Report on the working of the Ranchi Indian Mental Hospital, Kanke, in Bihar and Orissa - 1930-1940
Year: 1930
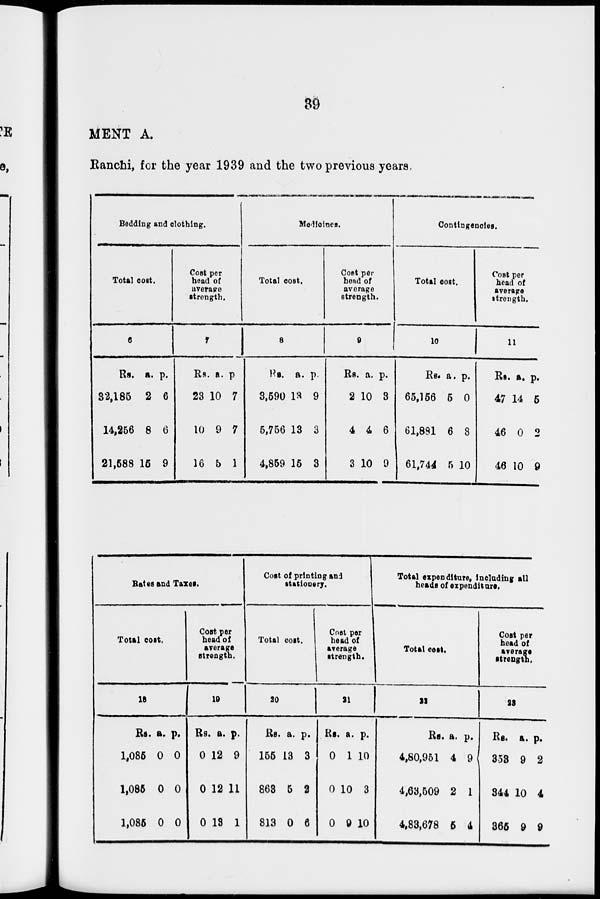
39
MENT A.
Ranchi, for the year 1939 and the two previous years,
Bedding and clothing.
Total cost.
6
Rs.
32,185
14,256
21,588
a.
2
8
15
p.
6
6
9
Cost per
head of
average
strength.
7
Rs.
23
10
16
a.
10
9
5
p.
7
7
1
Medicines.
Total cost.
8
Rs.
3,590
5,756
4,859
a.
13
13
15
p.
9
3
3
Cost per
head of
average
strength.
9
Rs.
2
4
3
a.
10
4
10
p.
3
6
9
Contingencies.
Total cost.
10
Rs.
65,156
61,881
61,744
a.
5
6
5
p.
0
8
10
Cost per
head of
average
strength.
11
Rs.
47
46
46
a.
14
0
10
p.
5
2
9
Rates and Taxes.
Total cost.
18
Rs.
1,085
1,085
1,085
a.
0
0
0
p.
0
0
0
Cost per
head of
average
strength.
19
Rs.
0
0
0
a.
12
12
13
p.
9
11
1
Cost of printing and
stationery.
Total cost.
20
Rs.
155
863
813
a.
13
5
0
p.
3
2
6
Cost per
head of
average
strength.
21
Rs.
0
0
0
a.
1
10
9
p.
10
3
10
Total expenditure, including all
heads of expenditure.
Total cost.
22
Rs.
4,80,951
4,63,509
4,83,678
a.
4
2
5
p.
9
1
4
Cost per
head of
average
strength.
23
Rs.
353
344
365
a.
9
10
9
p.
2
4
9